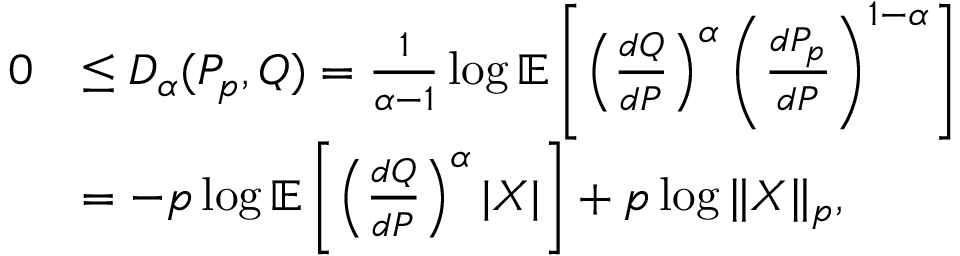
\begin{array} { r l } { 0 } & { \leq D _ { \alpha } ( P _ { p } , Q ) = \frac 1 { \alpha - 1 } \log \mathbb { E } \left[ \left( \frac { d Q } { d P } \right) ^ { \alpha } \left( \frac { d P _ { p } } { d P } \right) ^ { 1 - \alpha } \right] } \\ & { = - p \log \mathbb { E } \left[ \left( \frac { d Q } { d P } \right) ^ { \alpha } | X | \right] + p \log \| X \| _ { p } , } \end{array}